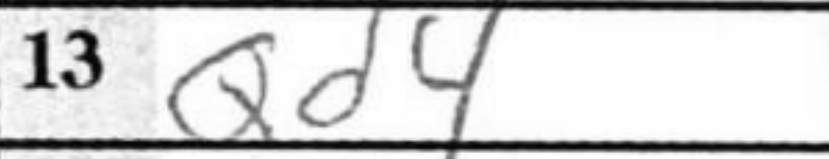
Transcription: Qd4